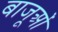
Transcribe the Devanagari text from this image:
बाजूओं